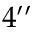
4 ^ { \prime \prime }